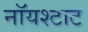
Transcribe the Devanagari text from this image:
नॉयश्टाट